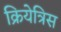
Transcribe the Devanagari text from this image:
क्रियेत्रिस